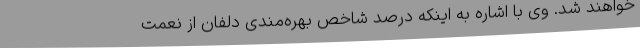
خواهند شد. وی با اشاره به اینکه درصد شاخص بهره‌مندی دلفان از نعمت